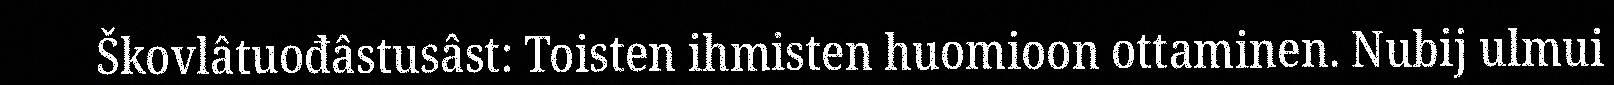
Škovlâtuođâstusâst: Toisten ihmisten huomioon ottaminen. Nubij ulmui